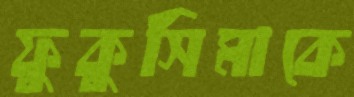
ফুকুসিমাকে